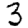
Digit: 3